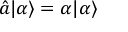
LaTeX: { \hat { a } } | \alpha \rangle = \alpha | \alpha \rangle